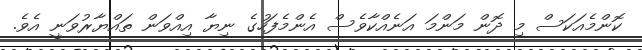
ކޮންމެއަކަސް މި ދޮން މަންމަ އަނެއްކާވެސް އެންމެފަހުގެ ނިޔާ އިއްވަން ތައްޔާރުވަނީ އެވެ.